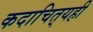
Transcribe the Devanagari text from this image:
कदाचित्‌यही